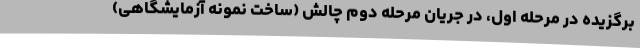
برگزیده در مرحله اول، در جریان مرحله دوم چالش (ساخت نمونه آزمایشگاهی)